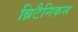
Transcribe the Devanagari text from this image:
ब्रिटैनिकस